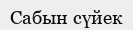
Сабын сүйек